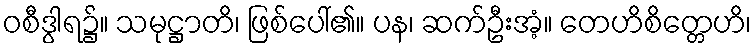
ဝစီဒွါရ၌။ သမုဋ္ဌာတိ၊ ဖြစ်ပေါ်၏။ ပန၊ ဆက်ဦးအံ့။ တေဟိစိတ္တေဟိ၊